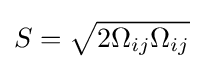
S={\sqrt {2\Omega _{ij}\Omega _{ij}}}